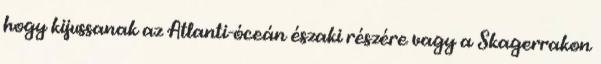
hogy kijussanak az Atlanti-óceán északi részére vagy a Skagerrakon